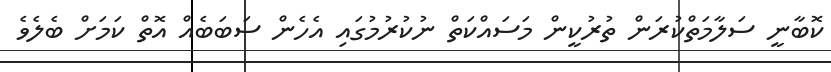
ކޮބާނީ ސަލާމަތްކުރަން ތުރުކީން މަސައްކަތް ނުކުރުމުގައި އެހެން ސަބަބެއް އޮތް ކަމަށް ބެލެވެ